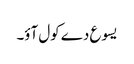
یسوع دے کول آؤ۔